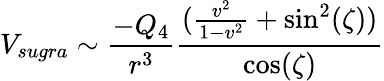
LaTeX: V_{sugra}\sim\frac{-Q_{4}}{r^{3}}\frac{(\frac{v^{2}}{1-v^{2}}+\sin^{2}(\zeta))}{\cos(\zeta)}